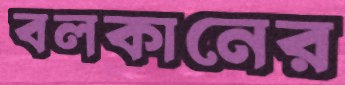
বলকানের